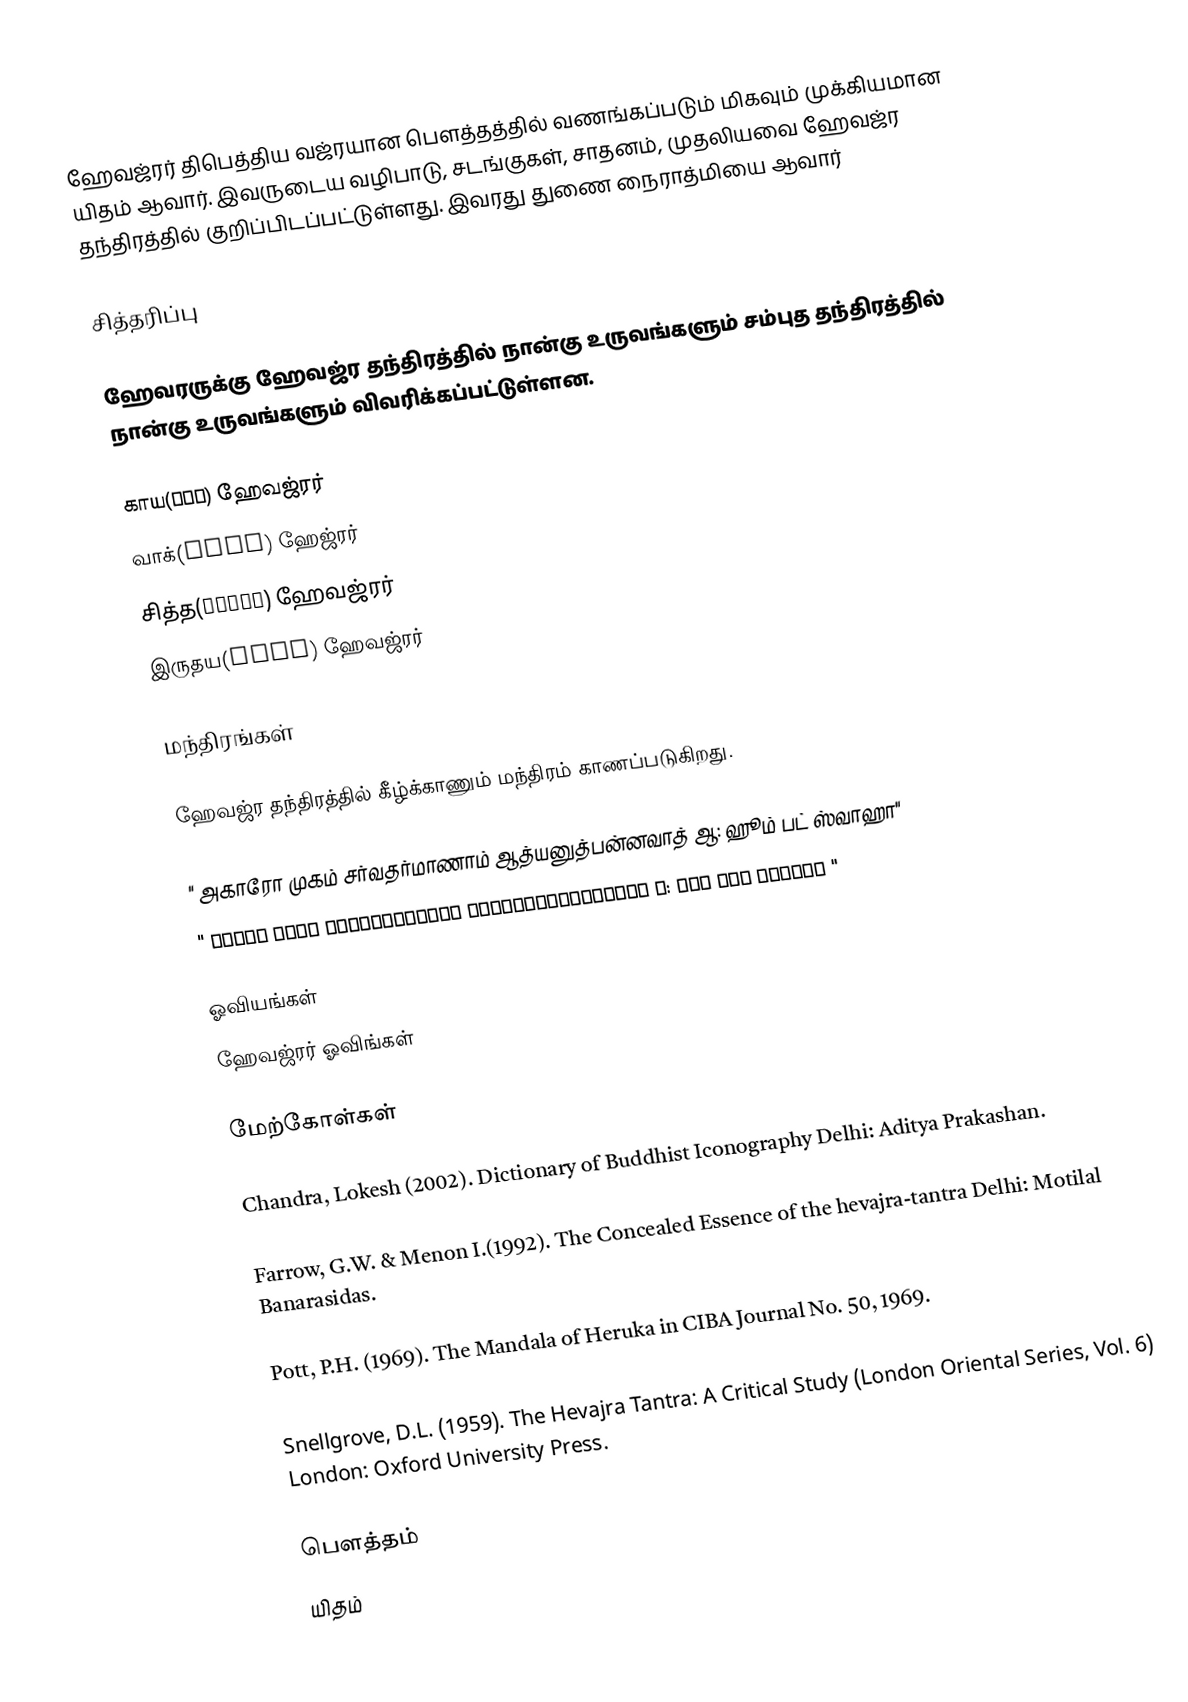
ஹேவஜ்ரர் திபெத்திய வஜ்ரயான பௌத்தத்தில் வணங்கப்படும் மிகவும் முக்கியமான யிதம் ஆவார். இவருடைய வழிபாடு, சடங்குகள், சாதனம், முதலியவை ஹேவஜ்ர தந்திரத்தில் குறிப்பிடப்பட்டுள்ளது. இவரது துணை நைராத்மியை ஆவார்

சித்தரிப்பு

ஹேவரருக்கு ஹேவஜ்ர தந்திரத்தில் நான்கு உருவங்களும் சம்புத தந்திரத்தில் நான்கு உருவங்களும் விவரிக்கப்பட்டுள்ளன.

 காய(काय) ஹேவஜ்ரர்
 வாக்(वाक्) ஹேஜ்ரர்
 சித்த(चित्त) ஹேவஜ்ரர்
 இருதய(हृदय) ஹேவஜ்ரர்

மந்திரங்கள்

ஹேவஜ்ர தந்திரத்தில் கீழ்க்காணும் மந்திரம் காணப்படுகிறது.

" அகாரோ முகம் சர்வதர்மாணாம் ஆத்யனுத்பன்னவாத் ஆ: ஹூம் பட் ஸ்வாஹா"
" अकारो मुखं सर्वधर्माणां अद्यनुत्पन्नवात् आ: हूँ फट् स्वाहा "

ஓவியங்கள்
ஹேவஜ்ரர் ஓவிங்கள்

மேற்கோள்கள்

 Chandra, Lokesh (2002). Dictionary of Buddhist Iconography Delhi: Aditya Prakashan.

 Farrow, G.W. & Menon I.(1992). The Concealed Essence of the hevajra-tantra Delhi: Motilal Banarasidas.

 Pott, P.H. (1969). The Mandala of Heruka in CIBA Journal No. 50, 1969.

 Snellgrove, D.L. (1959). The Hevajra Tantra: A Critical Study (London Oriental Series, Vol. 6)  London: Oxford University Press.

பௌத்தம்
யிதம்